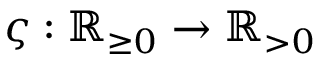
\varsigma : \mathbb { R } _ { \geq 0 } \rightarrow \mathbb { R } _ { > 0 }